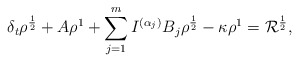
\begin{align*} \delta_t\rho^{\frac{1}{2}} + A\rho^{1} &+ \sum\limits_{j=1}^m I^{(\alpha_j)} B_j\rho^{\frac{1}{2}} - \kappa \rho^{1} = \mathcal{R}^{\frac{1}{2}}, \end{align*}